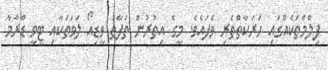
ފިލްމްތަކެއްގައި ހަރަކާތްތެރި ވެފައެވެ. މީގެ އިތުރުން ތަފާތު ވީޑިއޯ ލަވަތަކާއި ޓީވީ ޑްރާމާ